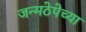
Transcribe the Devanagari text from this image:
जन्मठेपेच्या